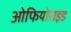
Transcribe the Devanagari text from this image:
ओफियोराइड